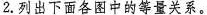
2.列出下面各图中的等量关系。